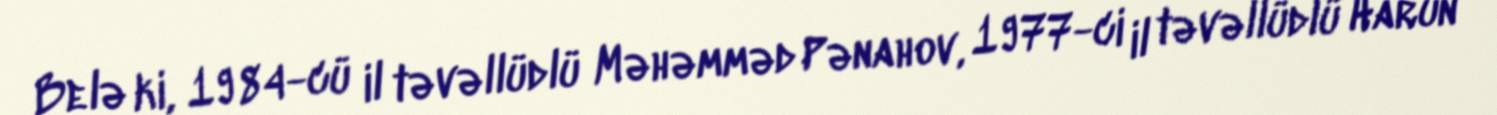
Belə ki, 1984-cü il təvəllüdlü Məhəmməd Pənahov, 1977-ci il təvəllüdlü Harun